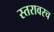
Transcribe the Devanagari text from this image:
स्तरावरच